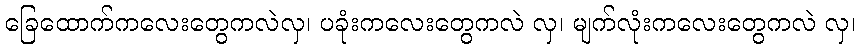
ခြေထောက်ကလေးတွေကလဲလှ၊ ပခုံးကလေးတွေကလဲ လှ၊ မျက်လုံးကလေးတွေကလဲ လှ၊